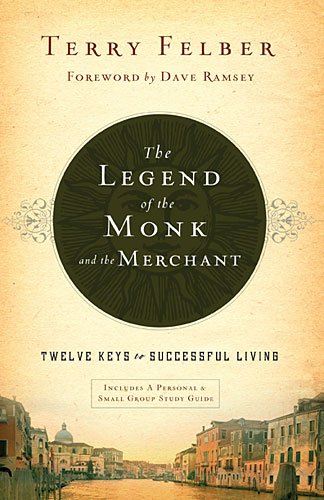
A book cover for The Legend of the Monk and the Merchant: Twelve Keys to Successful Living; Terry Felber; Christian Books & Bibles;